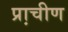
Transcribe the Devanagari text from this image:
प्रा़चीण